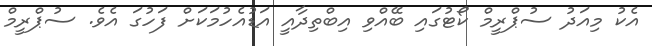
އެކު މިއަދު ސުޕްރީމް ކޯޓުގައި ބޭއްވި އިބްތިދާއީ އަޑުއެހުމަކަށް ފަހުގަ އެވެ. ސުޕްރީމް